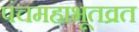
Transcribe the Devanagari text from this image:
पंचमहाभूतव्रत